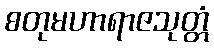
စတုမဟာရာဇသုတ္တံ